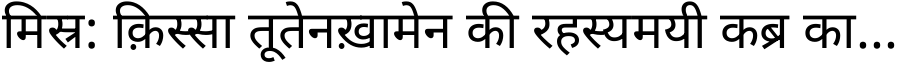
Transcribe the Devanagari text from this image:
मिस्र: क़िस्सा तूतेनख़ामेन की रहस्यमयी कब्र का...